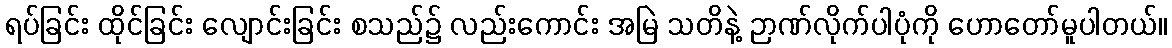
ရပ်ခြင်း ထိုင်ခြင်း လျောင်းခြင်း စသည်၌ လည်းကောင်း အမြဲ သတိနဲ့ ဉာဏ်လိုက်ပါပုံကို ဟောတော်မူပါတယ်။